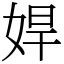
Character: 娨